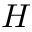
H